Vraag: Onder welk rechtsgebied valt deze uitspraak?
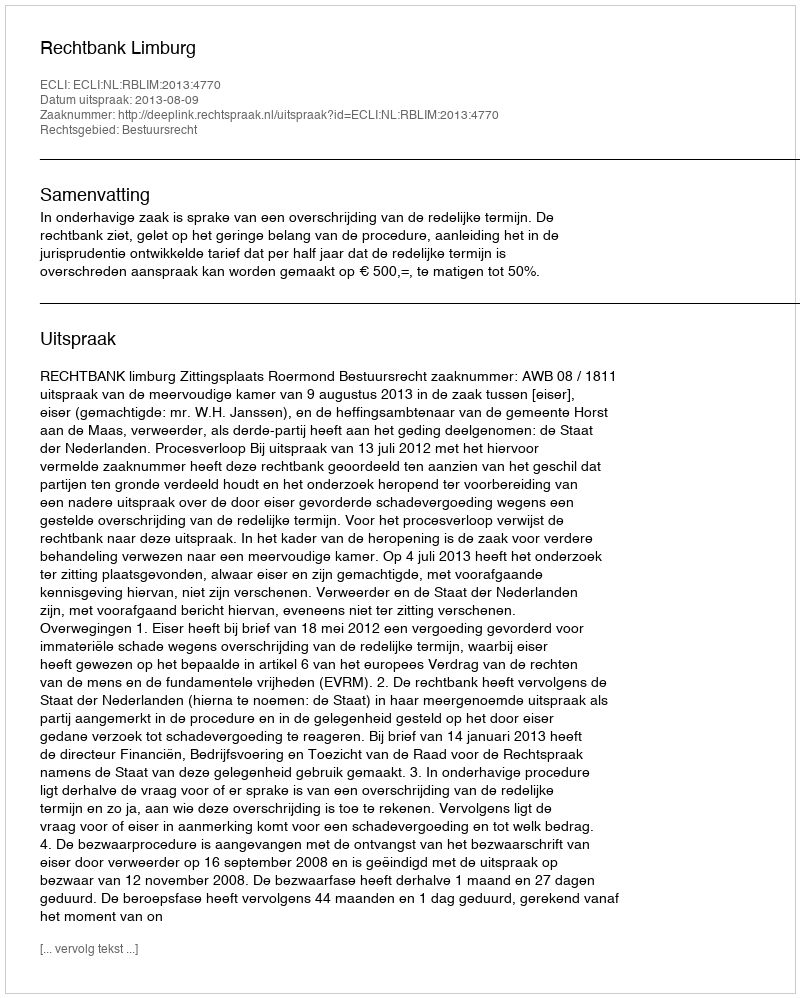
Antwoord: Bestuursrecht